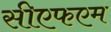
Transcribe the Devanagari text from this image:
सीएफएम